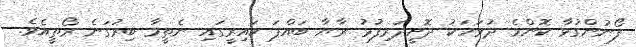
ފޯނުންގުޅާ ކޮންމެ ދުވަހަކު ދޮށީދަރިފުޅު ރާޔާ ބައްޕަ ކައިރީގައި ނެތީމާ ބިރުގަނެ ރޯތީއެވެ.